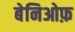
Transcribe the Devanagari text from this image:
बेनिओफ़